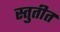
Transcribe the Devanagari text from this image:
स्तुतीत